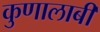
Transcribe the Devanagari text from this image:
कुणालाबी